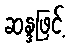
ဆန္ဒဖြင့်